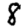
Digit: 8